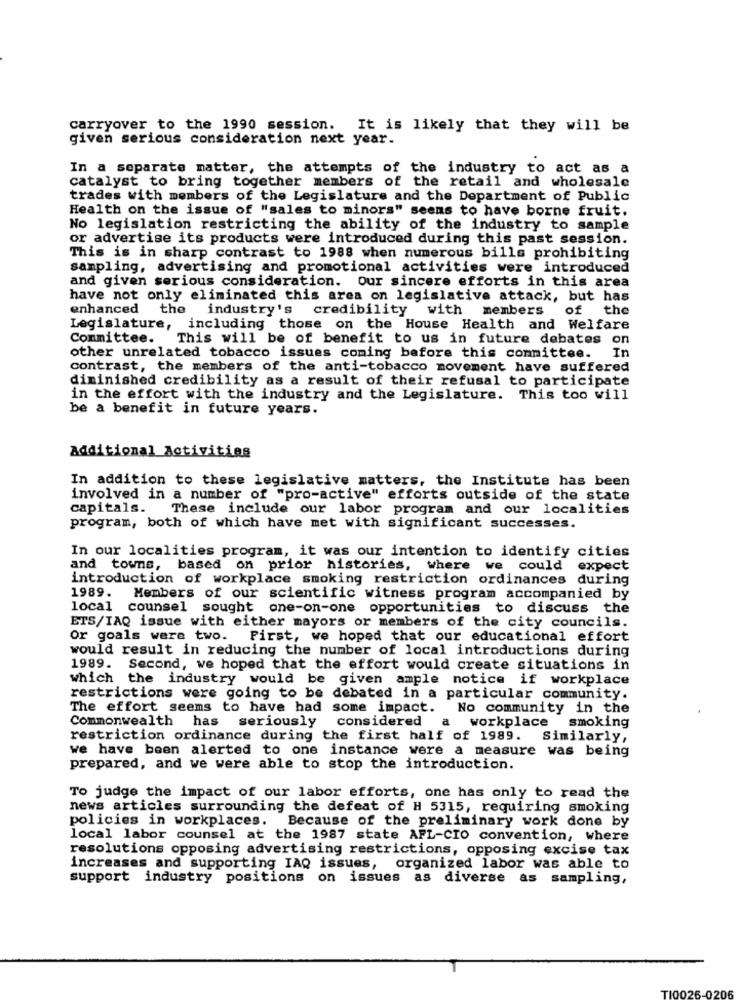
carryover to the 1990 session. It is likely that they will be
given serious consideration next year.
In a separate matter, the attempts of the industry to act as a
catalyst to bring together members of the retail and wholesale
trades with members of the Legislature and the Department of Public
Health on the issue of "sales to minors" seems to have borne fruit.
No legislation restricting the ability of the industry to sample
or advertise its products were introduced during this past session.
This is in sharp contrast to 1988 when numerous bills prohibiting
sampling, advertising and promotional activities were introduced
and given serious consideration. Our sincere efforts in this area
have not only eliminated this area on legislative attack, but has
enhanced the
industry's credibility with members
of the
Legislature, including those on the House Health and Welfare
Committee.
This will be of benefit to us in future debates on
other unrelated tobacco issues coming before this committee. In
contrast, the members of the anti-tobacco movement have suffered
diminished credibility as a result of their refusal to participate
in the effort with the industry and the Legislature. This too will
be a benefit in future years.
additional Activities
In addition to these legislative matters, the Institute has been
involved in a number of "pro-active" efforts outside of the state
capitals.
These include our labor program and our localities
program, both of which have met with significant successes.
In our localities program, it was our intention to identify cities
and towns, based on prior histories, where we could expect
introduction of workplace smoking restriction ordinances during
1989.
Members of our scientific witness program accompanied by
local counsel sought one-on-one opportunities to discuss the
ETS/IAQ issue with either mayors or members of the city councils.
Or goals were two. First, we hoped that our educational effort
would result in reducing the number of local introductions during
1989.
Second, we hoped that the effort would create situations in
which the industry would be given ample notice if workplace
restrictions were going to be debated in a particular community.
The effort seems to have had some impact. No community in the
Commonwealth has seriously considered
a workplace smoking
restriction ordinance during the first half of 1989. Similarly,
we have been alerted to one instance were a measure was being
prepared, and we were able to stop the introduction.
To judge the impact of our labor efforts, one has only to read the
news articles surrounding the defeat of H 5315, requiring smoking
policies in workplaces.
Because of the preliminary work done by
local labor counsel at the 1987 state AFL-CIO convention, where
resolutions opposing advertising restrictions, opposing excise tax
increases and supporting IAQ issues, organized labor was able to
support industry positions on issues as diverse as sampling,